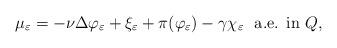
LaTeX: \begin{align*} \mu_{\varepsilon}= - \nu \Delta \varphi_{\varepsilon} + \xi_{\varepsilon} + \pi(\varphi_{\varepsilon}) - \gamma \chi_{\varepsilon} \ \ \textrm{a.e. in $Q$,} \end{align*}